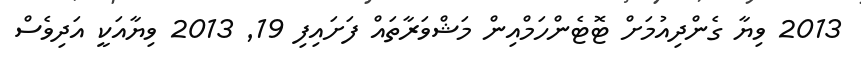
2013 ވިޔާ ގެންދިއުމަށް ޓޮޓެންހަމްއިން މަޝްވަރާތައް ފަށައިފި 19